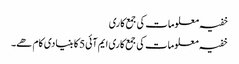
خفیہ معلومات کی جمع کاری
خفیہ معلومات کی جمع کاری ایم آئی5 کا بنیادی کام ھے۔